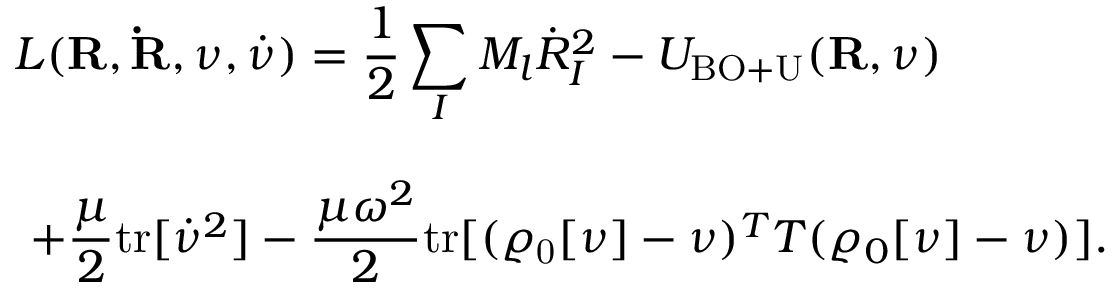
\begin{array} { l } { { \displaystyle { \cal L } ( { \bf R } , { \bf \dot { R } } , \nu , { \dot { \nu } } ) = \frac { 1 } { 2 } \sum _ { I } M _ { l } { \dot { R } } _ { I } ^ { 2 } - { \cal U } _ { \mathrm { B O + U } } ( { \bf R } , \nu ) } } \\ { ~ ~ } \\ { { \displaystyle ~ + \frac { \mu } { 2 } \mathrm { t r } [ { \dot { \nu } } ^ { 2 } ] - \frac { \mu \omega ^ { 2 } } { 2 } \mathrm { t r } [ ( \varrho _ { \mathrm { 0 } } [ \nu ] - \nu ) ^ { T } { \cal T } ( \varrho _ { 0 } [ \nu ] - \nu ) ] } . } \end{array}